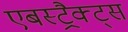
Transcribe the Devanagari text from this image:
एबस्ट्रैक्ट्स